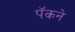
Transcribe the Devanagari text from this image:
पॅकने